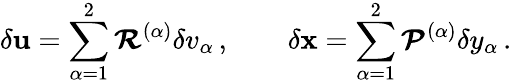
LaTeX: \delta{\mathbf{u}}=\sum_{\alpha=1}^{2}\mathbfcal{R}^{(\alpha)}\delta v_{\alpha}\, ,\qquad\delta{\mathbf{x}}=\sum_{\alpha=1}^{2}\mathbfcal{P}^{(\alpha)}\delta y_{\alpha}\, .